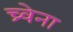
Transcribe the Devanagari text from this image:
च्र्वेना